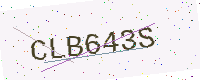
Text: CLB643S